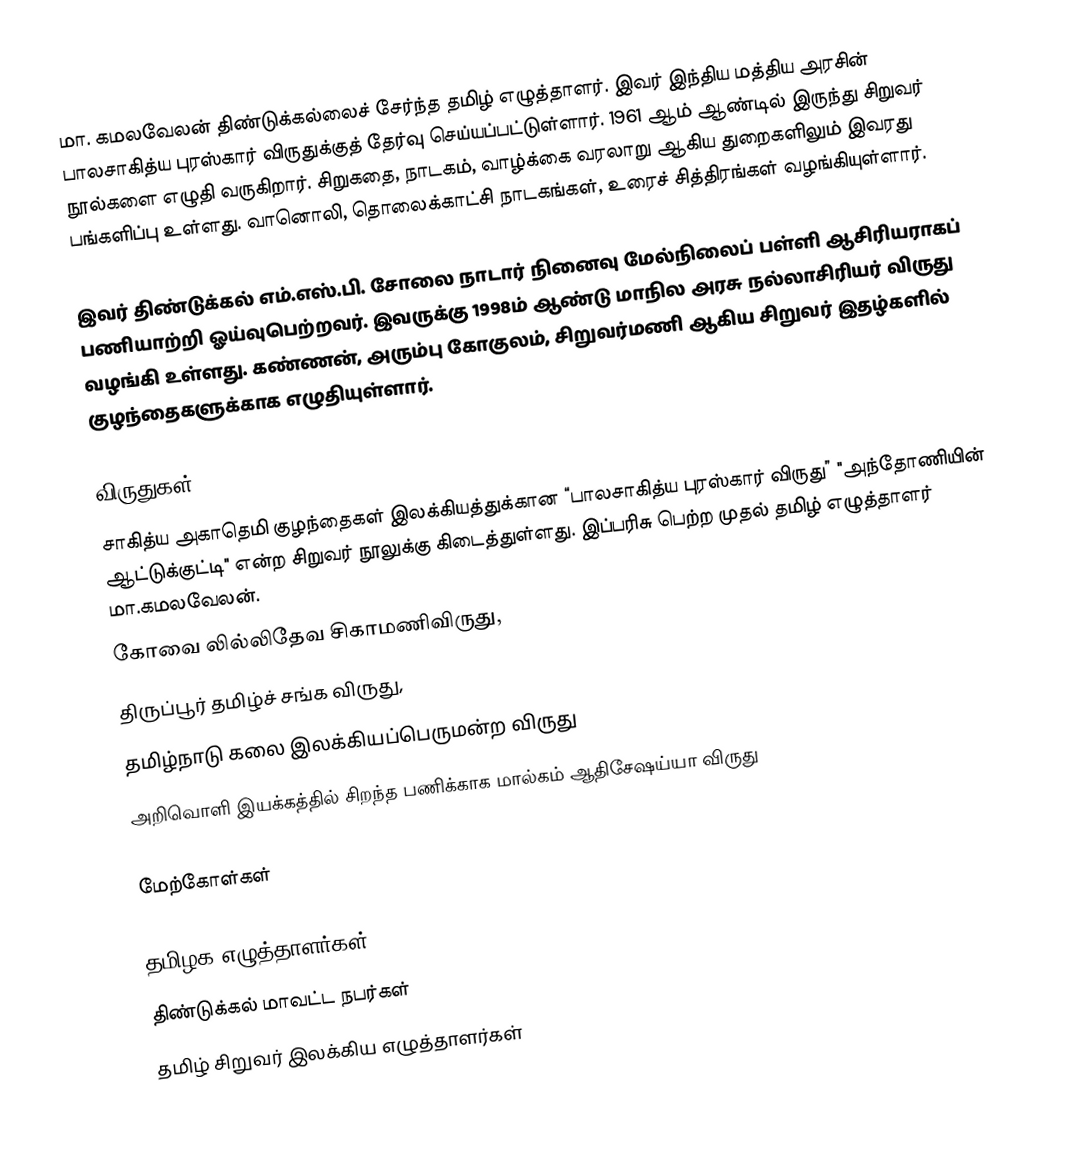
மா. கமலவேலன் திண்டுக்கல்லைச் சேர்ந்த தமிழ் எழுத்தாளர். இவர் இந்திய மத்திய அரசின் பாலசாகித்ய புரஸ்கார் விருதுக்குத் தேர்வு செய்யப்பட்டுள்ளார். 1961 ஆம் ஆண்டில் இருந்து சிறுவர் நூல்களை எழுதி வருகிறார். சிறுகதை, நாடகம், வாழ்க்கை வரலாறு ஆகிய துறைகளிலும் இவரது பங்களிப்பு உள்ளது. வானொலி, தொலைக்காட்சி நாடகங்கள், உரைச் சித்திரங்கள் வழங்கியுள்ளார்.

இவர் திண்டுக்கல் எம்.எஸ்.பி. சோலை நாடார் நினைவு மேல்நிலைப் பள்ளி ஆசிரியராகப் பணியாற்றி ஓய்வுபெற்றவர். இவருக்கு 1998ம் ஆண்டு மாநில அரசு நல்லாசிரியர் விருது வழங்கி உள்ளது. கண்ணன், அரும்பு கோகுலம், சிறுவர்மணி ஆகிய சிறுவர் இதழ்களில் குழந்தைகளுக்காக எழுதியுள்ளார்.

விருதுகள்
சாகித்ய அகாதெமி குழந்தைகள் இலக்கியத்துக்கான “பாலசாகித்ய புரஸ்கார் விருது” "அந்தோணியின் ஆட்டுக்குட்டி" என்ற சிறுவர் நூலுக்கு கிடைத்துள்ளது. இப்பரிசு பெற்ற முதல் தமிழ் எழுத்தாளர் மா.கமலவேலன்.
கோவை லில்லிதேவ சிகாமணிவிருது,
திருப்பூர் தமிழ்ச் சங்க விருது,
தமிழ்நாடு கலை இலக்கியப்பெருமன்ற விருது
அறிவொளி இயக்கத்தில் சிறந்த பணிக்காக மால்கம் ஆதிசேஷய்யா விருது

மேற்கோள்கள்

தமிழக எழுத்தாளர்கள்
திண்டுக்கல் மாவட்ட நபர்கள்
தமிழ் சிறுவர் இலக்கிய எழுத்தாளர்கள்